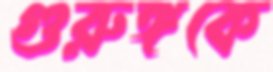
গুরুঙ্গকে